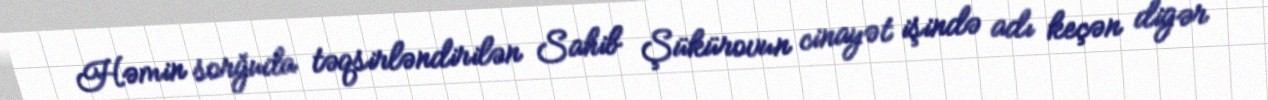
Həmin sorğuda təqsirləndirilən Sahib Şükürovun cinayət işində adı keçən digər